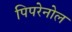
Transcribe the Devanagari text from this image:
पिपरेनोल